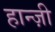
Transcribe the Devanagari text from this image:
हान्ज़ी